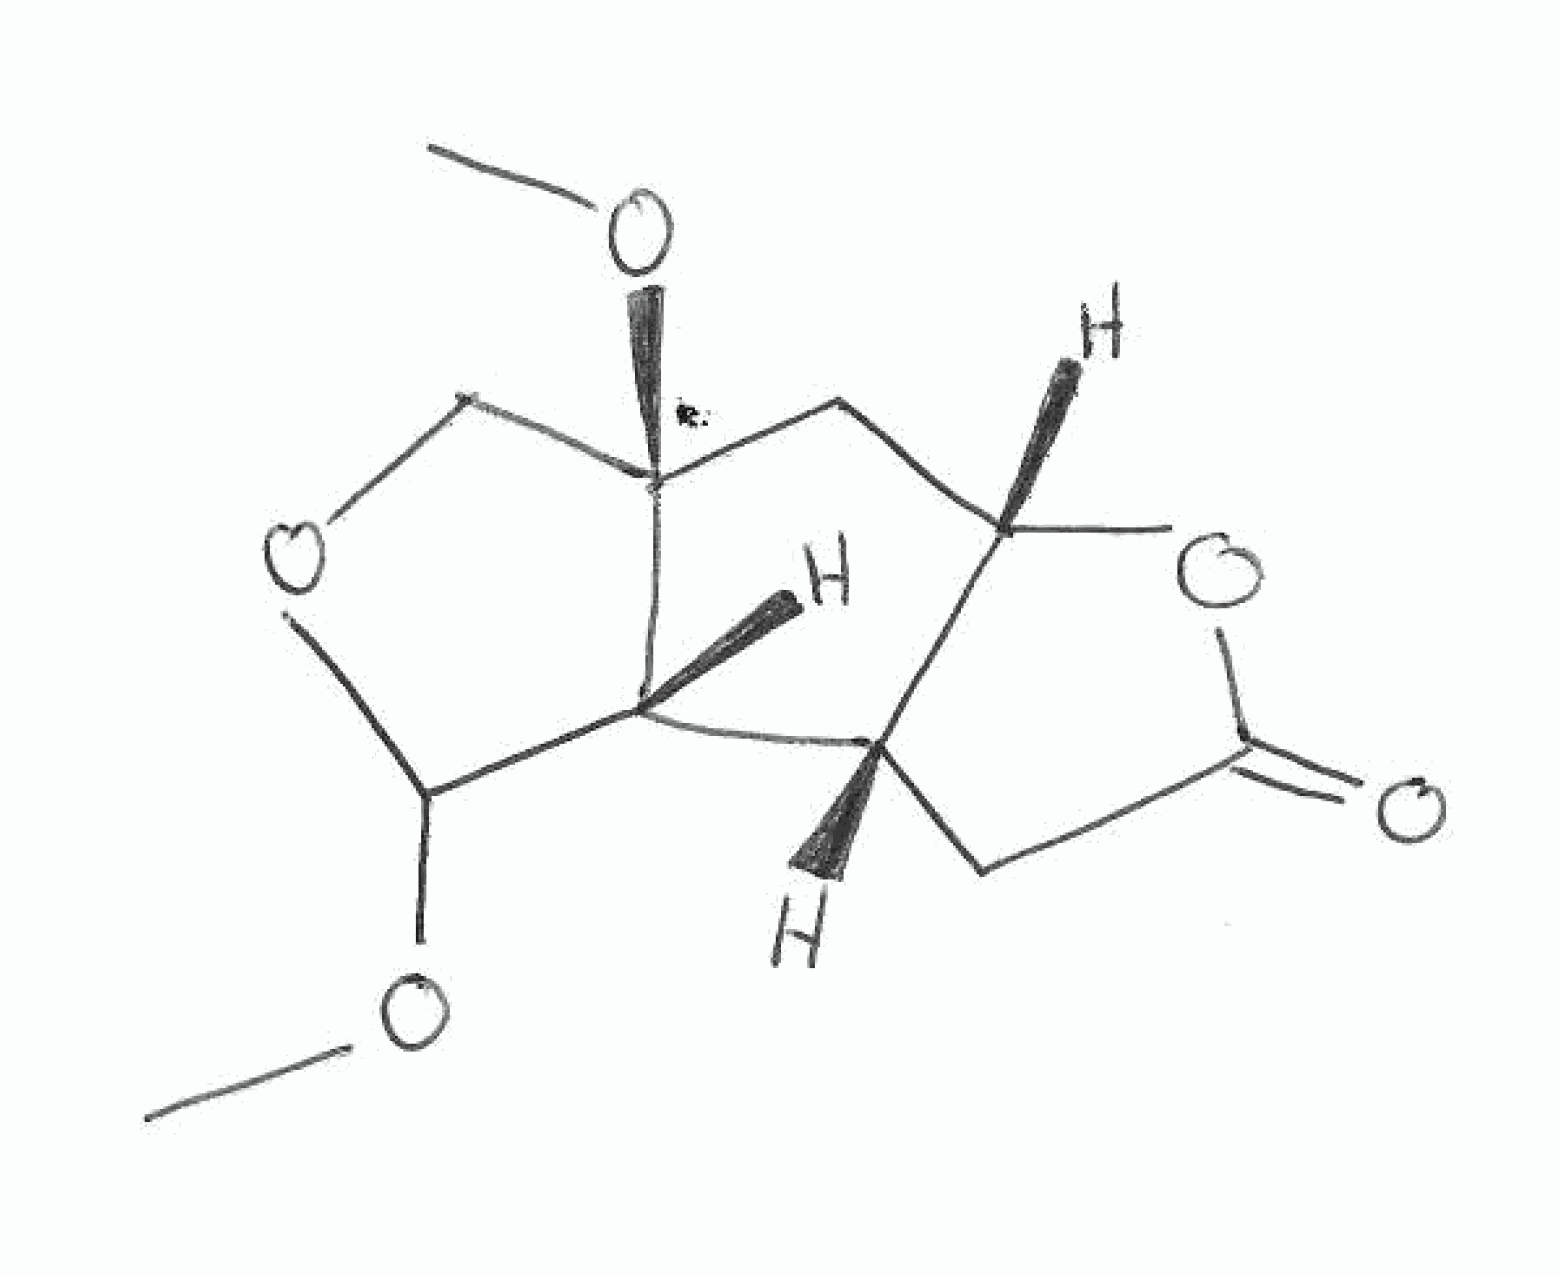
Simplified molecular-input line-entry system (SMILES) notation of the given molecule:
COC1[C@H]2[C@H]3CC(=O)O[C@H]3C[C@]2(CO1)OC